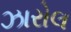
ઝારોલ